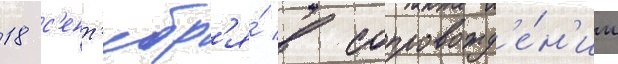
18 с'ент'ябр'я́ в сопровожд'е́н'ии